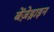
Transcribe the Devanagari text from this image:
बेंज़ेड्राइन